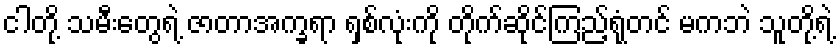
ငါတို့ သမီးတွေရဲ့ ဇာတာအက္ခရာ ရှစ်လုံးကို တိုက်ဆိုင်ကြည့်ရုံတင် မကဘဲ သူတို့ရဲ့